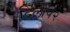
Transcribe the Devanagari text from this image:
दिलीप२